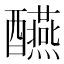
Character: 醼